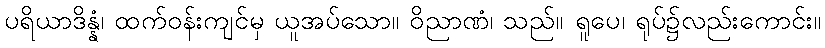
ပရိယာဒိန္နံ၊ ထက်ဝန်းကျင်မှ ယူအပ်သော။ ဝိညာဏံ၊ သည်။ ရူပေ၊ ရုပ်၌လည်းကောင်း။